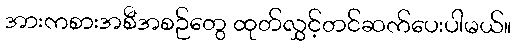
အားကစားအစီအစဉ်တွေ ထုတ်လွှင့်တင်ဆက်ပေးပါမယ်။